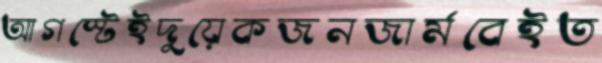
আগস্টেইদুয়েকজনজার্মবেইত